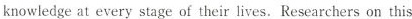
knowledge at every stage of their lives.Researchers on this